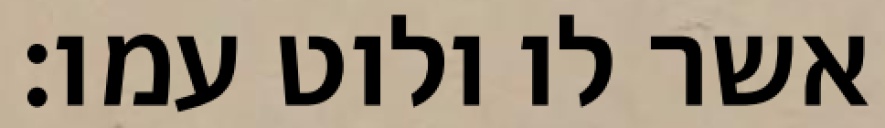
אשר לו ולוט עמו׃